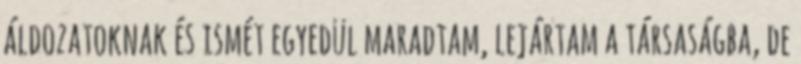
áldozatoknak és ismét egyedül maradtam, lejártam a társaságba, de